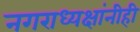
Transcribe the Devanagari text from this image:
नगराध्यक्षांनीही